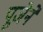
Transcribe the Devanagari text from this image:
पूजेने